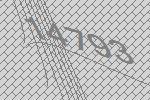
14793